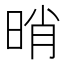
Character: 𣆺